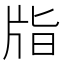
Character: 㸟